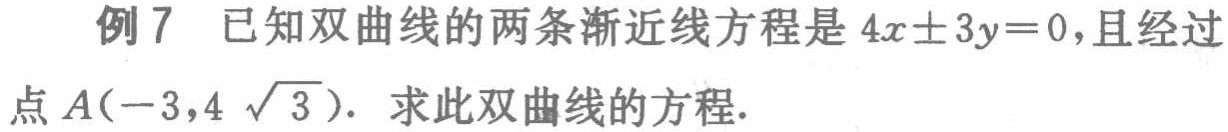
例7 已知双曲线的两条渐近线方程是\(4x\pm3y = 0\)，且经过点\(A(-3,4\sqrt{3})\). 求此双曲线的方程.